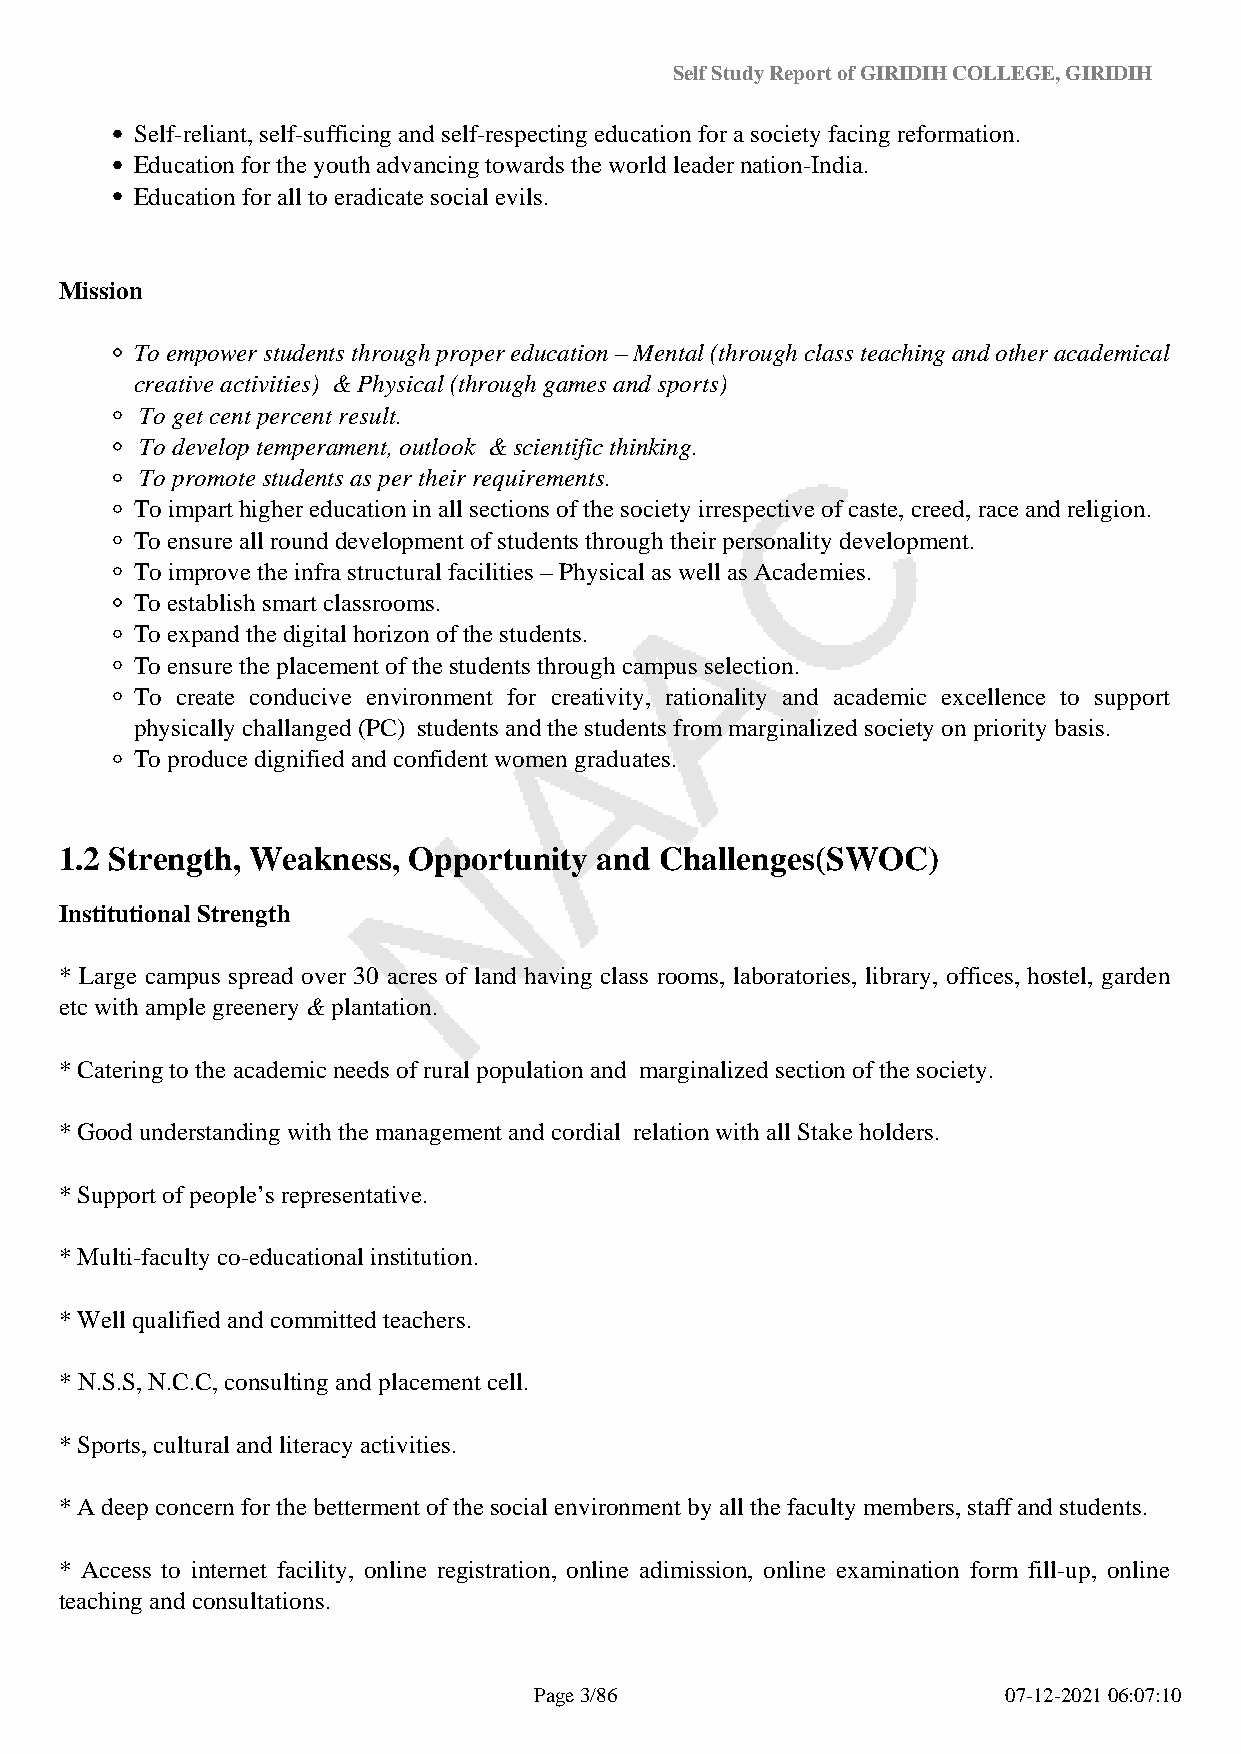
Self Study Report of GIRIDIH COLLEGE, GIRIDIH
 Self-reliant, self-sufficing and self-respecting education for a society facing reformation.
 Education for the youth advancing towards the world leader nation-India.
 Education for all to eradicate social evils.
 Mission
 To empower students through proper education – Mental (through class teaching and other academical
 creative activities) & Physical (through games and sports)
 To get cent percent result.
 To develop temperament, outlook & scientific thinking.
 To promote students as per their requirements.
 To impart higher education in all sections of the society irrespective of caste, creed, race and religion.
 To ensure all round development of students through their personality development.
 To improve the infra structural facilities – Physical as well as Academies.
 To establish smart classrooms.
 To expand the digital horizon of the students.
 To ensure the placement of the students through campus selection.
 To create conducive environment for creativity, rationality and academic excellence to support
 physically challanged (PC) students and the students from marginalized society on priority basis.
 To produce dignified and confident women graduates.
 1.2 Strength, Weakness, Opportunity and Challenges(SWOC)
 Institutional Strength
 * Large campus spread over 30 acres of land having class rooms, laboratories, library, offices, hostel, garden
 etc with ample greenery & plantation.
 * Catering to the academic needs of rural population and marginalized section of the society.
 * Good understanding with the management and cordial relation with all Stake holders.
 * Support of people’s representative.
 * Multi-faculty co-educational institution.
 * Well qualified and committed teachers.
 * N.S.S, N.C.C, consulting and placement cell.
 * Sports, cultural and literacy activities.
 * A deep concern for the betterment of the social environment by all the faculty members, staff and students.
 * Access to internet facility, online registration, online adimission, online examination form fill-up, online
 teaching and consultations.
 Page 3/86                       07-12-2021 06:07:10